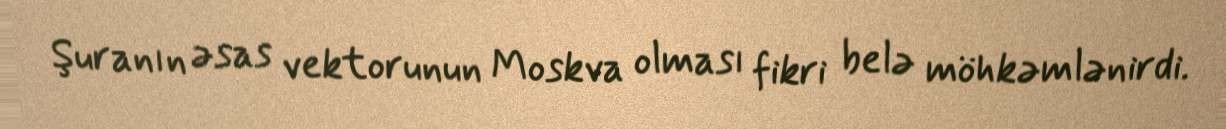
Şuranın əsas vektorunun Moskva olması fikri belə möhkəmlənirdi.